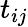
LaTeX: t_{ij}